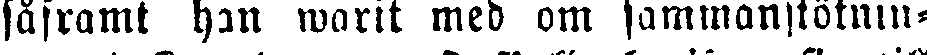
såframt han warit med om sammanstötnin-